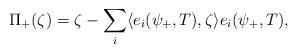
LaTeX: \begin{align*}\Pi_+(\zeta)=\zeta - \sum_i \langle e_i(\psi_+,T),\zeta\rangle e_i(\psi_+,T),\end{align*}